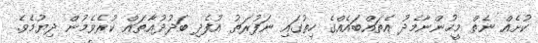
ކުށެއް ނެތް މީހުންނާމެދު އެތައްބައެއްގެ ހިތުގައި ނަފުރަތު އުފެދި ބަދުދުޢާތައް ކުރެވެމުން ދިޔުމެވެ.